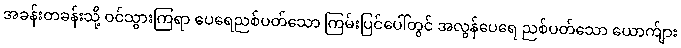
အခန်းတခန်းသို့ ဝင်သွားကြရာ ပေရေညစ်ပတ်သော ကြမ်းပြင်ပေါ်တွင် အလွန်ပေရေ ညစ်ပတ်သော ယောက်ျား